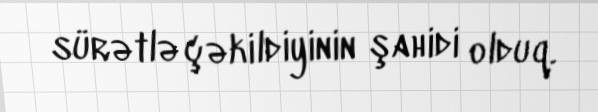
sürətlə çəkildiyinin şahidi olduq.